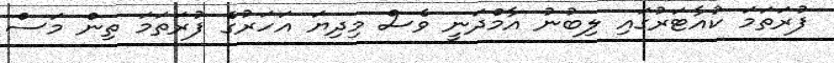
ފުރަތަމަ ކުއާޓަރުގައި ލިބުނު އާމްދަނީ ވެސް މިދިޔަ އަހަރުގެ ފުރަތަމަ ތިން މަސް